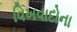
વિખવાદોના